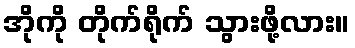
အိုကို တိုက်ရိုက် သွားဖို့လား။